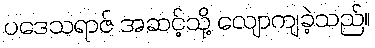
ပဒေသရာဇ် အဆင့်သို့ လျောကျခဲ့သည်။